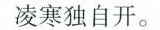
凌寒独自开。